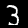
Label: 3